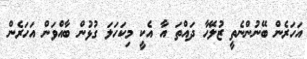
އަހަރެން ބޭނުންނެތީ ޒުލޭަހާ ދައްތަ އާ އެކީ މިކަހަލަ ގުޅުން ބާއްވަން އަހަރެން